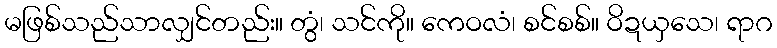
မဖြစ်သည်သာလျှင်တည်း။ တွံ၊ သင်ကို။ ကေဝလံ၊ စင်စစ်။ ဝိဍယှသေ၊ ရာဂ